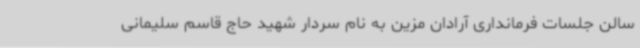
سالن جلسات فرمانداری آرادان مزین به نام سردار شهید حاج قاسم سلیمانی